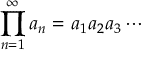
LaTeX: \prod _ { n = 1 } ^ { \infty } a _ { n } = a _ { 1 } a _ { 2 } a _ { 3 } \cdots